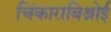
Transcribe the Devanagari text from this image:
चिंकाराबिश्नोई